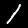
Label: 1